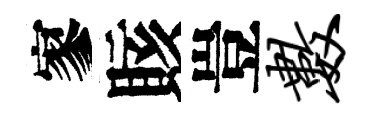
寥賅豈数